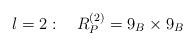
\begin{align*}l=2:\quad R_P^{(2)}=9_B\times 9_B \end{align*}